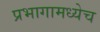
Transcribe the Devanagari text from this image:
प्रभागामध्येच